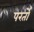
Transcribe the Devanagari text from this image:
परर्तो